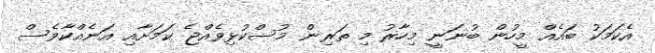
އެކަމަކު ބައެއް މީހުން ބުނަނީ މިހާރު މި ތަރިން މުސްކުޅިވެއްޖެ ކަމަށާއި އަނެއްކާވެސް